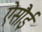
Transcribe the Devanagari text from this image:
ऐसौई